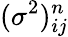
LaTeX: (\sigma^{2})_{ij}^{n}